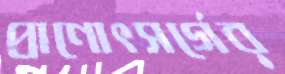
প্রাণোৎসর্গের